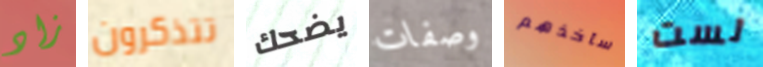
زاد تتذكرون يضحك وصفات سآخذهم لست